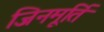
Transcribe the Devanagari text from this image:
जिनमूर्ति